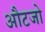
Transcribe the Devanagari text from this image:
औटजो